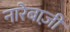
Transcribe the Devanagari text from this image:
नारेबाज़ी